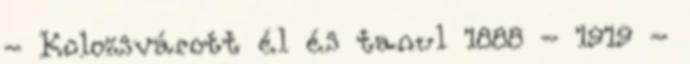
- Kolozsvárott él és tanul 1888 - 1919 -